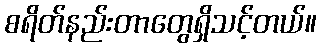
စရိတ်နည်းတာတွေရှိသင့်တယ်။